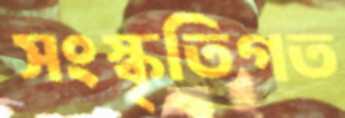
সংস্কৃতিগত